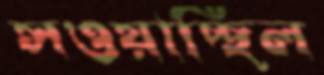
সওয়াচ্ছিল